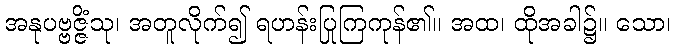
အနုပဗ္ဗဇ္ဇိံသု၊ အတူလိုက်၍ ရဟန်းပြုကြကုန်၏။ အထ၊ ထိုအခါ၌။ သော၊